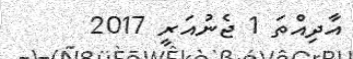
އާދިއްތަ 1 ޖެނުއަރީ 2017